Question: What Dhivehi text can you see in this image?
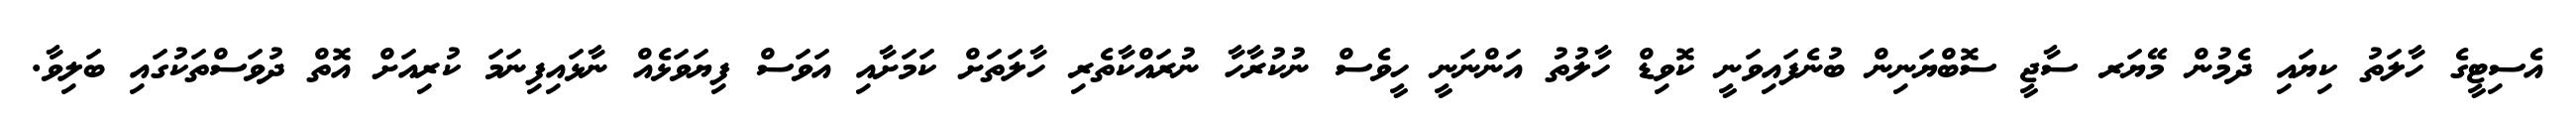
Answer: އެސިޓީގެ ހާލަތު ކިޔައި ދެމުން މޭޔަރ ސާޖީ ސޮބްޔަނިން ބުނެފައިވަނީ ކޮވިޑް ހާލުތު އަންނަނީ ހީވެސް ނުކުރާހާ ނުރައްކާތެރި ހާލަތަށް ކަމަށާއި އަވަސް ފިޔަވަޅެއް ނާޅައިފިނަމަ ކުރިއަށް އޮތް ދުވަސްތަކުގައި ބަލިވާ.